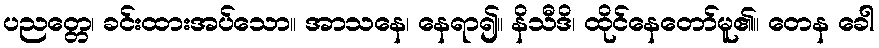
ပညတ္တေ၊ ခင်းထားအပ်သော။ အာသနေ၊ နေရာ၍။ နိသီဒိ၊ ထိုင်နေတော်မူ၏။ တေန ခေါ